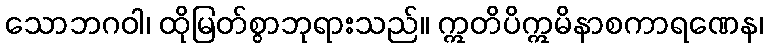
သောဘဂဝါ၊ ထိုမြတ်စွာဘုရားသည်။ ဣတိပိဣမိနာစကာရဏေန၊